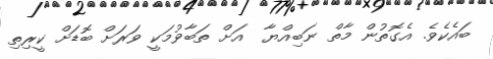
ބައެކެވެ. އެގޮތުން މާތް ނަބިއްޔާ  އަށް ތަބާވުމަކީ ވަރަށް ބޮޑަށް ކީރިތި